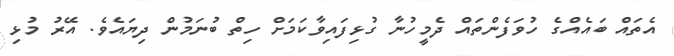
އެތައް ބައެއްގެ ހުވަފެންތައް ދެމީހުނާ ގުޅިފައިވާކަމަށް ހިތް ބުނަމުން ދިޔައެވެ. އޭރު މުޅި